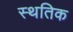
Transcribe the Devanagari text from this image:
स्थतिक